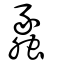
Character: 蠡